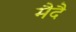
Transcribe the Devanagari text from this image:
मैदै